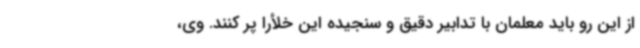
از این رو باید معلمان با تدابیر دقیق و سنجیده این خلأرا پر کنند. وی،